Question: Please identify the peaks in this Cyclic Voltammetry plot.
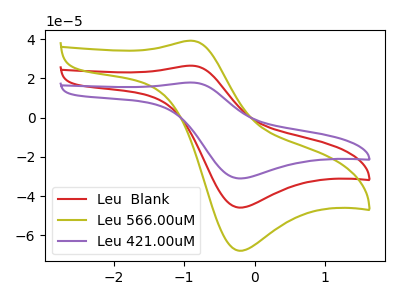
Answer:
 <answer>The red curve "Leu  Blank" has an anodic peak at (-0.90V, 26.55uA) and a cathodic peak at (-0.25V, -45.85uA). The olive curve "Leu 566.00uM" has an anodic peak at (-0.90V, 39.25uA) and a cathodic peak at (-0.25V, -67.85uA). The purple curve "Leu 421.00uM" has an anodic peak at (-0.90V, 53.10uA) and a cathodic peak at (-0.25V, -91.70uA).</answer>
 <eval></eval>